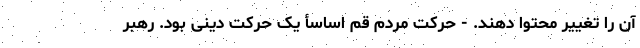
آن را تغییر محتوا دهند. - حرکت مردم قم اساسأ یک حرکت دینی بود. رهبر